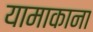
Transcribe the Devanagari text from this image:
यामाकाना